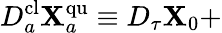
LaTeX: D_{a}^{\mathrm{cl}}{\mathbf X}_{a}^{\mathrm{qu}}\equiv D_{\tau}{\mathbf X}_{0}+